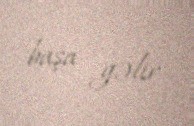
başa gəlir.